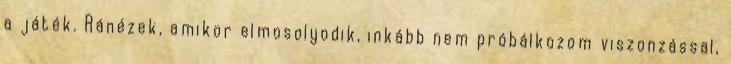
a játék. Ránézek, amikor elmosolyodik, inkább nem próbálkozom viszonzással,